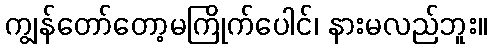
ကျွန်တော်တော့မကြိုက်ပေါင်၊ နားမလည်ဘူး။